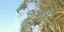
જગો